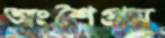
অংশৈপ্রম্ন